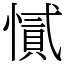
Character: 㦐